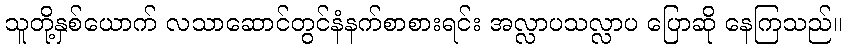
သူတို့နှစ်ယောက် လသာဆောင်တွင်နံနက်စာစားရင်း အလ္လာပသလ္လာပ ပြောဆို နေကြသည်။